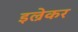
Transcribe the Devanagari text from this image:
इल्रेकर